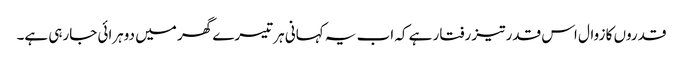
قدروں کا زوال اس قدر تیز رفتار ہے کہ اب یہ کہانی ہر تیسرے گھر میں دوہرائی جارہی ہے۔